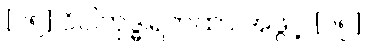
[၀၅] ဝိပါကုဒ္ဓါရကထာ အဖွင့် {၀၅}